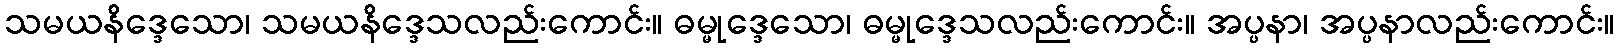
သမယနိဒ္ဒေသော၊ သမယနိဒ္ဒေသလည်းကောင်း။ ဓမ္မုဒ္ဒေသော၊ ဓမ္မုဒ္ဒေသလည်းကောင်း။ အပ္ပနာ၊ အပ္ပနာလည်းကောင်း။